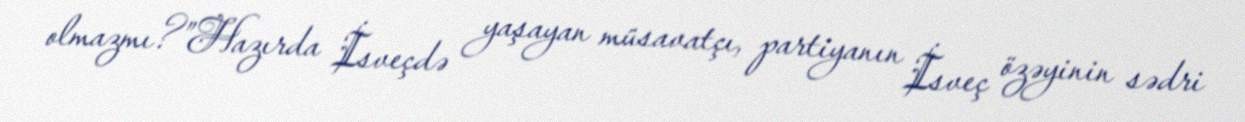
olmazmı?”Hazırda İsveçdə yaşayan müsavatçı, partiyanın İsveç özəyinin sədri